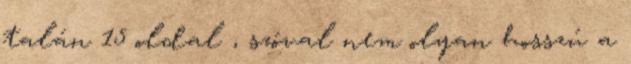
talán 15 oldal , szóval nem olyan hosszú a